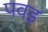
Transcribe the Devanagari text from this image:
पवइ